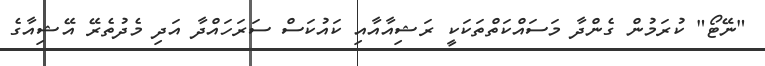
"ނޭޓޯ" ކުރަމުން ގެންދާ މަސައްކަތްތަކަކީ ރަޝިއާއާއި ކައުކަސް ސަރަހައްދާ އަދި މެދުތެރޭ އޭޝިއާގެ